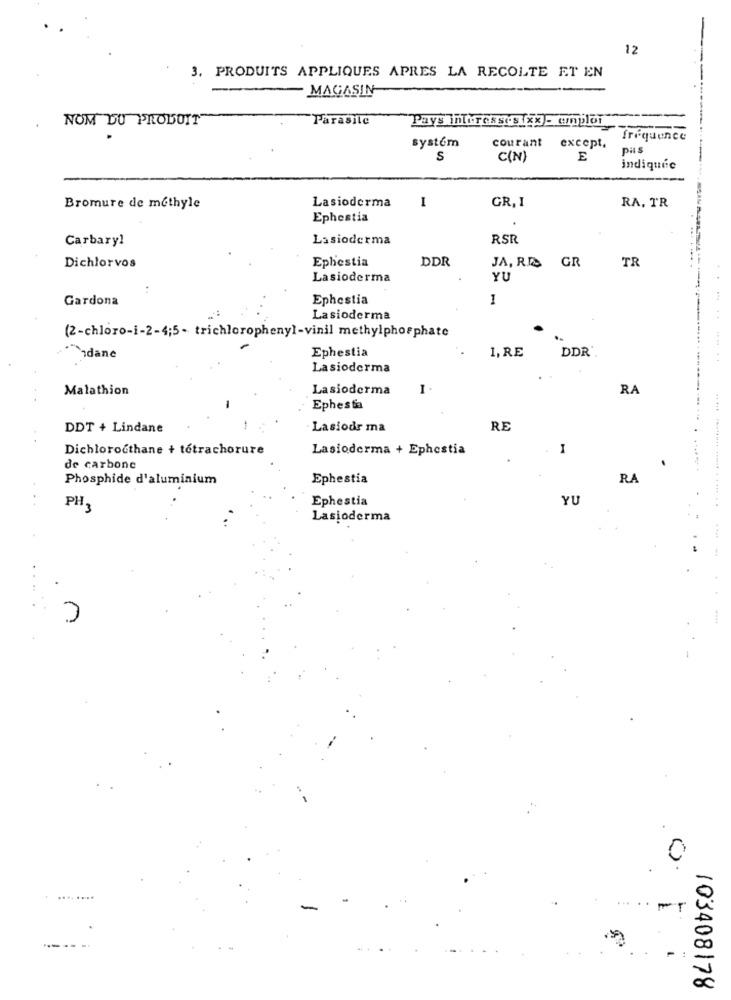
12
3. PRODUITS APPLIQUES APRES LA RECOLTE ET EN
MAGASIN
NOM DU PRODUIT
Parasile
Pays interesse x- emploi
frequence
systém
courant except.
pis
S
C(N)
E
indiquée
1
GR, I
RA, TR
Bromure de methyle
Lasioderma
Ephestia
Carbary!
Lasioderma
RSR
Ephestia
DDR
TR
Dichlorvos
JA, RE GR
Lasioderma
YU
Gardona
Ephestia
1
----
Lasioderma
. .
(2-chloro-i-2-4;5 - trichlorophenyl-vinil methylphosphate
Ephestia
DDR'
Podane
1, RE
......
Lasioderma
Malathion
Lasioderma
1
RA
Ephesta
.....
DDT + Lindane
Lasiodr ma
RE
Dichlorocthane + tetrachorure
Lasioderma + Ephestia
I
de carbone
4
.
Phosphide d'aluminium
Ephestia
RA
Ephestia
YU
PH3
Lasioderma
.
...
0
......
103408178